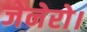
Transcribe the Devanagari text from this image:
जेनेरो।